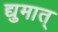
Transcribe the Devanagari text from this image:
द्युमात्